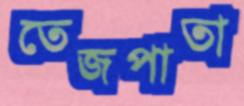
তেজপাতা